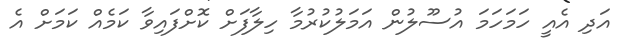
އަދި އެއީ ހަމަހަމަ އުސޫލުން އަމަލުކުރުމާ ހިލާފަށް ކޮށްފައިވާ ކަމެއް ކަމަށް އެ